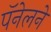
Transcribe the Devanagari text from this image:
पॅनेलने